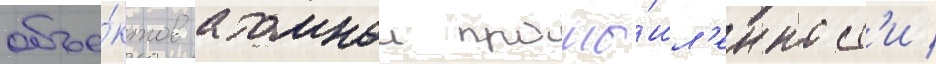
объе́ктов атомнои промы́шл'енност'и /